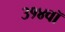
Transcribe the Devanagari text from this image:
३१४वॉ